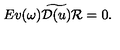
E v ( \omega ) \widetilde { { \cal D } ( u ) } { \cal R } = 0 .